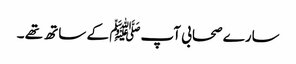
سارے صحابی آپﷺ کے ساتھ تھے ۔